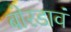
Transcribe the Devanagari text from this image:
बोरडावं